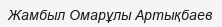
Жамбыл Омарұлы Артықбаев